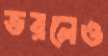
ভরলেও